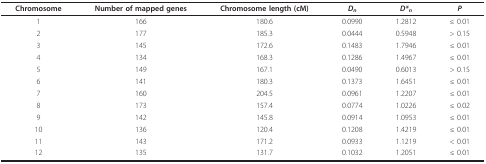
<table><thead><tr><td><b>Chromosome</b></td><td><b>Number of mapped genes</b></td><td><b>Chromosome length (cM)</b></td><td><b><i>D<sub>n</sub></i></b></td><td><b><i>D*<sub>n</sub></i></b></td><td><b><i>P</i></b></td></tr></thead><tbody><tr><td>1</td><td>166</td><td>180.6</td><td>0.0990</td><td>1.2812</td><td>≤ 0.01</td></tr><tr><td>2</td><td>177</td><td>185.3</td><td>0.0444</td><td>0.5948</td><td>&gt; 0.15</td></tr><tr><td>3</td><td>145</td><td>172.6</td><td>0.1483</td><td>1.7946</td><td>≤ 0.01</td></tr><tr><td>4</td><td>134</td><td>168.3</td><td>0.1286</td><td>1.4967</td><td>≤ 0.01</td></tr><tr><td>5</td><td>149</td><td>167.1</td><td>0.0490</td><td>0.6013</td><td>&gt; 0.15</td></tr><tr><td>6</td><td>141</td><td>180.3</td><td>0.1373</td><td>1.6451</td><td>≤ 0.01</td></tr><tr><td>7</td><td>160</td><td>204.5</td><td>0.0961</td><td>1.2207</td><td>≤ 0.01</td></tr><tr><td>8</td><td>173</td><td>157.4</td><td>0.0774</td><td>1.0226</td><td>≤ 0.02</td></tr><tr><td>9</td><td>142</td><td>145.8</td><td>0.0914</td><td>1.0953</td><td>≤ 0.01</td></tr><tr><td>10</td><td>136</td><td>120.4</td><td>0.1208</td><td>1.4219</td><td>≤ 0.01</td></tr><tr><td>11</td><td>143</td><td>171.2</td><td>0.0933</td><td>1.1219</td><td>&lt; 0.01</td></tr><tr><td>12</td><td>135</td><td>131.7</td><td>0.1032</td><td>1.2051</td><td>≤ 0.01</td></tr></tbody></table>